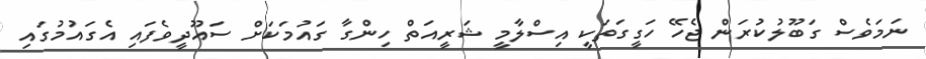
ނަމަވެސް ގަބޫލުކުރަން ޖެހޭ ހަގީގަތަކީ އިސްލާމީ ޝަރީއަތް ހިންގާ ގައުމަކަށް ސައޫދީވެފައި އެގައުމުގައި